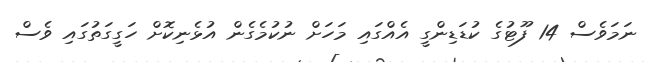
ނަމަވެސް 14 ފޫޓުގެ ކުޑަޑިންގީ އެއްގައި މަހަށް ނުކުމެގެން އުޅެނިކޮށް ހަގީގަތުގައި ވެސް